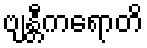
ဗျန္တီကရောတိ